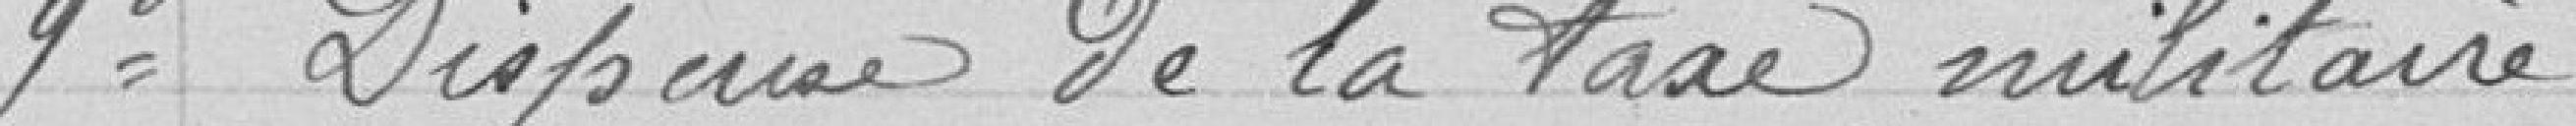
9° Dispense de la taxe militaires.